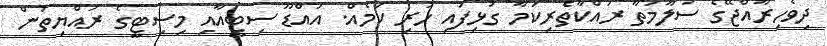
ދިވެހިރާއްޖޭގެ ސަލާމަތާ ރައްކާތެރިކަމާ ގުޅިފައި ހުރި ކަމެއް. އައްޑޫ ސިޓީއާއި މިސިޓީގެ ރައްޔިތުން